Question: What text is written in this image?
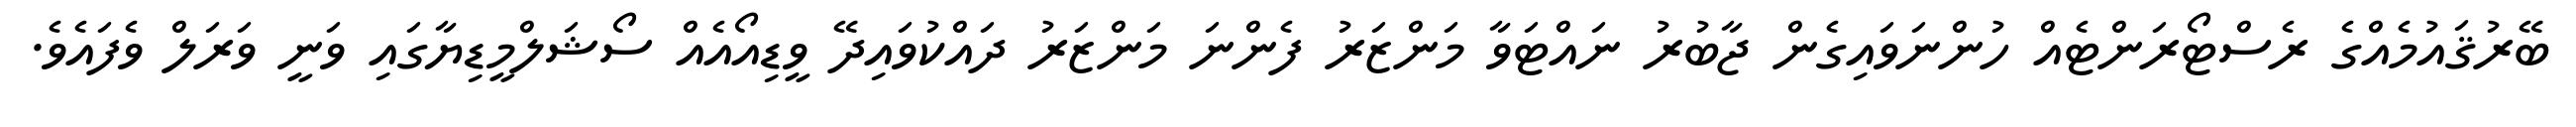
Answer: ބޭރުޤައުމެއްގެ ރެސްޓޯރަންޓެއް ހުންނަވައިގެން ޖާބުރު ނައްޓަވާ މަންޒަރު ފެންނަ މަންޒަރު ދައްކުވައިދޭ ވީޑިއޯއެއް ސޯޝަލްމީޑިޔާގައި ވަނީ ވަރަލް ވެފައެވެ.